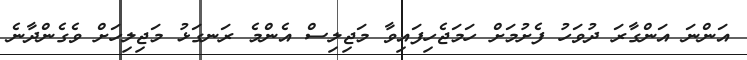
އަންނަ އަންގާރަ ދުވަހު ފެށުމަށް ހަމަޖެހިފައިވާ މަޖިލިސް އެންމެ ރަނގަޅު މަޖިލިހަށް ވެގެންދާނެ